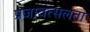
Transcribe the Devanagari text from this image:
प्रजावत्सलता